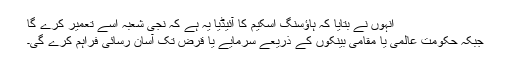
انہوں نے بتایا کہ ہاؤسنگ اسکیم کا آئیڈیا یہ ہے کہ نجی شعبہ اسے تعمیر کرے گا
جبکہ حکومت عالمی یا مقامی بینکوں کے ذریعے سرمایے یا قرض تک آسان رسائی فراہم کرے گی۔